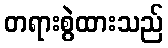
တရားစွဲထားသည်